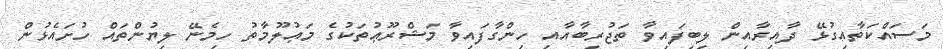
މަސައްކަތާއިގުޅޭ ދާއިރާއިން ލިބިފައިވާ ތަޖުރިބާއާއި ހިންގާފައިވާ މަޝްރޫޢުތަކުގެ މަޢުލޫމާތު ހިމެނޭ ލިޔުންތައް ހުށައެޅުން